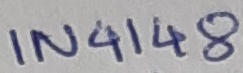
Text: IN4148